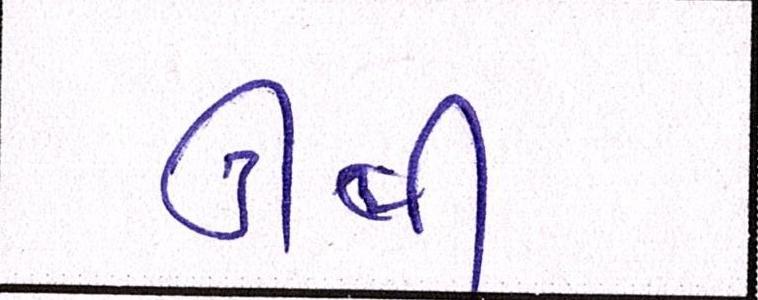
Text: ઊભી